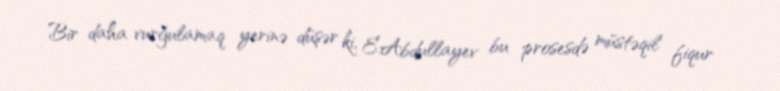
Bir daha vurğulamaq yerinə düşər ki, E.Abdullayev bu prosesdə müstəqil fiqur